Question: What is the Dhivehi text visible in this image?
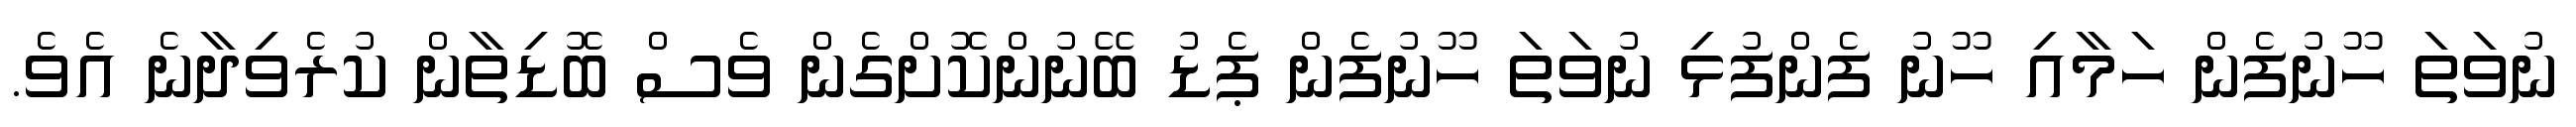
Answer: ނުވަތަ ހޫނުފެން ހަމާއި ހޫނު ފެންފުޅި ނުވަތަ ހޫނުފެން ޕެޑު ބޭނުންކޮށްގެން ވެސް ބޮޑިތާން ކުރެވިދާނެ އެވެ.